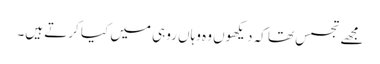
مجھے تجسس تھا کہ دیکھوں وہ وہاں روہی میں کیا کرتے ہیں۔